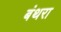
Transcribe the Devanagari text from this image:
बंथरा